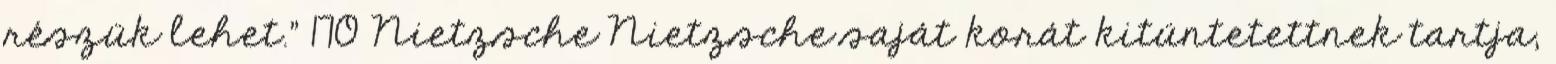
részük lehet.” 170 Nietzsche Nietzsche saját korát kitüntetettnek tartja,